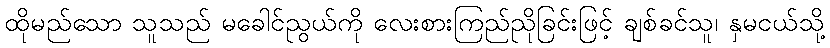
ထိုမည်သော သူသည် မခေါင်ညွယ်ကို လေးစားကြည်ညိုခြင်းဖြင့် ချစ်ခင်သူ၊ နှမငယ်သို့